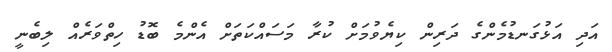
އަދި އަޅުގަނޑުމެންގެ ދަރިން ކިޔެވުމަށް ކުރާ މަސައްކަތަށް އެންމެ ބޮޑު ހިތްވަރެއް ލިބެނީ